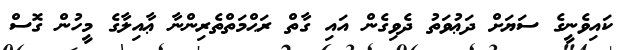
ކައިވެނީގެ ސަޔަށް ދަޢުވަތު ދެވިގެން އައި ގާތް ރަޙްމަތްތެރިންނާ ޢާއިލާގެ މީހުން ގޮސް